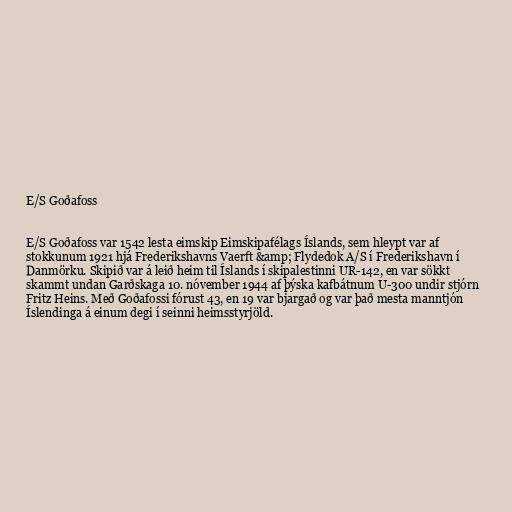
E/S Goðafoss

E/S Goðafoss var 1542 lesta eimskip Eimskipafélags Íslands, sem hleypt var af
stokkunum 1921 hjá Frederikshavns Vaerft &amp; Flydedok A/S í Frederikshavn í
Danmörku. Skipið var á leið heim til Íslands í skipalestinni UR-142, en var sökkt
skammt undan Garðskaga 10. nóvember 1944 af þýska kafbátnum U-300 undir stjórn
Fritz Heins. Með Goðafossi fórust 43, en 19 var bjargað og var það mesta manntjón
Íslendinga á einum degi í seinni heimsstyrjöld.